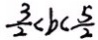
\frac { 3 } { 2 } < b < \frac { 5 } { 2 }